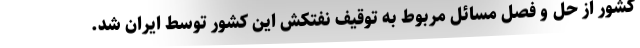
کشور از حل و فصل مسائل مربوط به توقیف نفتکش این کشور توسط ایران شد.